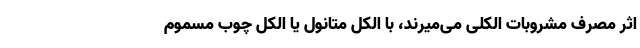
اثر مصرف مشروبات الکلی می‌میرند، با الکل متانول یا الکل چوب مسموم